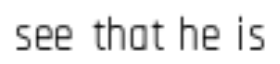
see that he is